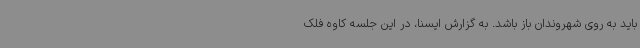
باید به روی شهروندان باز باشد. به گزارش ایسنا، در این جلسه کاوه فلک